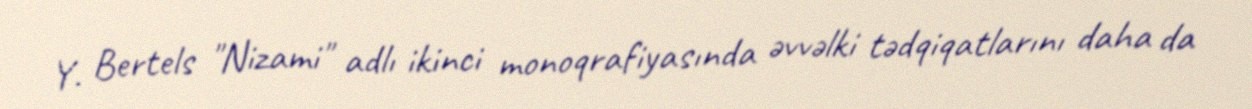
Y. Bertels "Nizami" adlı ikinci monoqrafiyasında əvvəlki tədqiqatlarını daha da